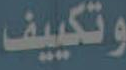
وتكييف